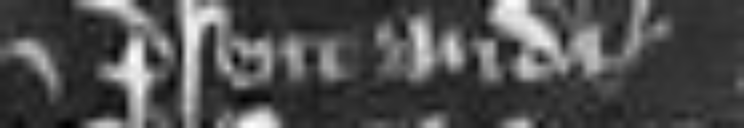
presentandi